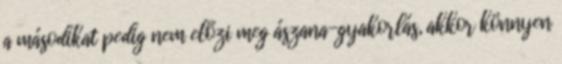
a másodikat pedig nem előzi meg ászana-gyakorlás, akkor könnyen